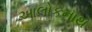
આલોકનાથ